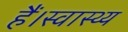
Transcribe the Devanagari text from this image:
हैं।स्वास्थ्य